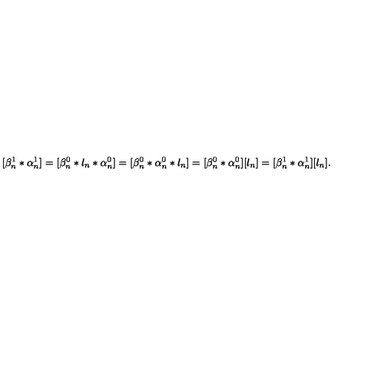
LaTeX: [ \beta _ { n } ^ { 1 } * \alpha _ { n } ^ { 1 } ] = [ \beta _ { n } ^ { 0 } * l _ { n } * \alpha _ { n } ^ { 0 } ] = [ \beta _ { n } ^ { 0 } * \alpha _ { n } ^ { 0 } * l _ { n } ] = [ \beta _ { n } ^ { 0 } * \alpha _ { n } ^ { 0 } ] [ l _ { n } ] = [ \beta _ { n } ^ { 1 } * \alpha _ { n } ^ { 1 } ] [ l _ { n } ] .